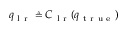
q _ { \mathrm { ~ l ~ r ~ } } \triangleq C _ { \mathrm { ~ l ~ r ~ } } ( q _ { \mathrm { ~ t ~ r ~ u ~ e ~ } } )